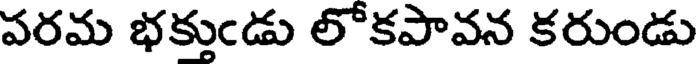
పరమ భక్తుండు లోకపావన కరుండు